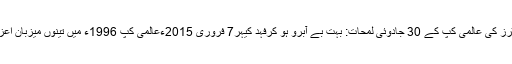
جس طرح ایتھیلٹکس میں 100 میٹرز کی عالمی کپ کے 30 جادوئی لمحات: بہت بے آبرو ہو کرفہد کیہر7 فروری 2015ءعالمی کپ 1996ء میں تینوں میزبان اعزاز کے مضبوط ترین امیدوار تھے۔